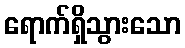
ရောက်ရှိသွားသော